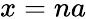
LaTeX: x=na